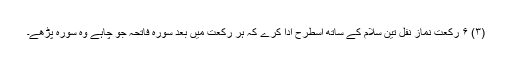
(۳) ۶ رکعت نماز نفل تین سلام کے ساتھ اسطرح ادا کرے کہ ہر رکعت میں بعد سورہ فاتحہ جو چاہے وہ سورہ پڑھے۔